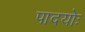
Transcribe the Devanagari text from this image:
पादयोः